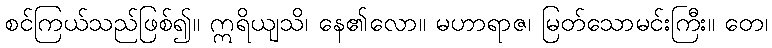
စင်ကြယ်သည်ဖြစ်၍။ ဣရိယျသိ၊ နေ၏လော။ မဟာရာဇ၊ မြတ်သောမင်းကြီး။ တေ၊